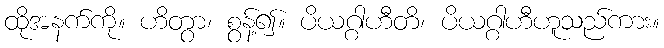
ထိုအနက်ကို။ ဟိတွာ၊ စွန့်၍။ ပိယဂ္ဂါဟီတိ၊ ပိယဂ္ဂါဟီဟူသည်ကား။